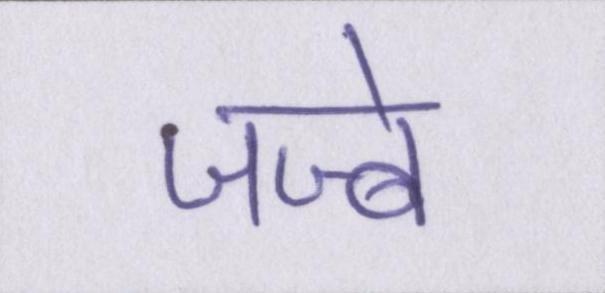
जज्बे